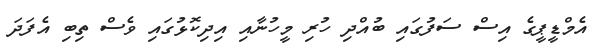
އެމްޑީޕީގެ އިސް ސަފުގައި ބުއްދި ހުރި މީހުނާއި އިދިކޮޅުގައި ވެސް ތިބި އެފަދަ